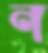
ন